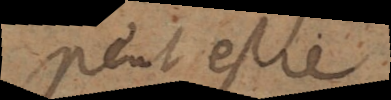
Peut estre